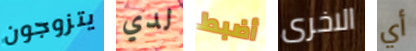
يتزوجون لدي أضبط الاخرى أي